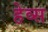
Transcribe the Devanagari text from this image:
हेव्स